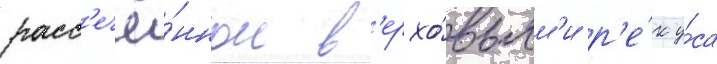
расс'ечё́нном в'ерхо́вьям'и р'е́к у́са